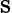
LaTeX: \mathrm{s}